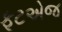
ફૂટએજ